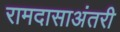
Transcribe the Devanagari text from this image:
रामदासाअंतरी